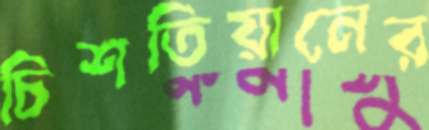
চিশতিয়ানের